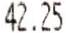
42.25